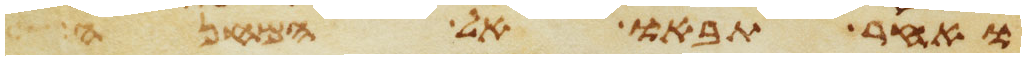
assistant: ואחר תבאו אל המחנה